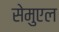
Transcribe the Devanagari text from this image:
सेमुएल